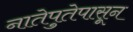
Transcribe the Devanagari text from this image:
नातेपुतेपासून